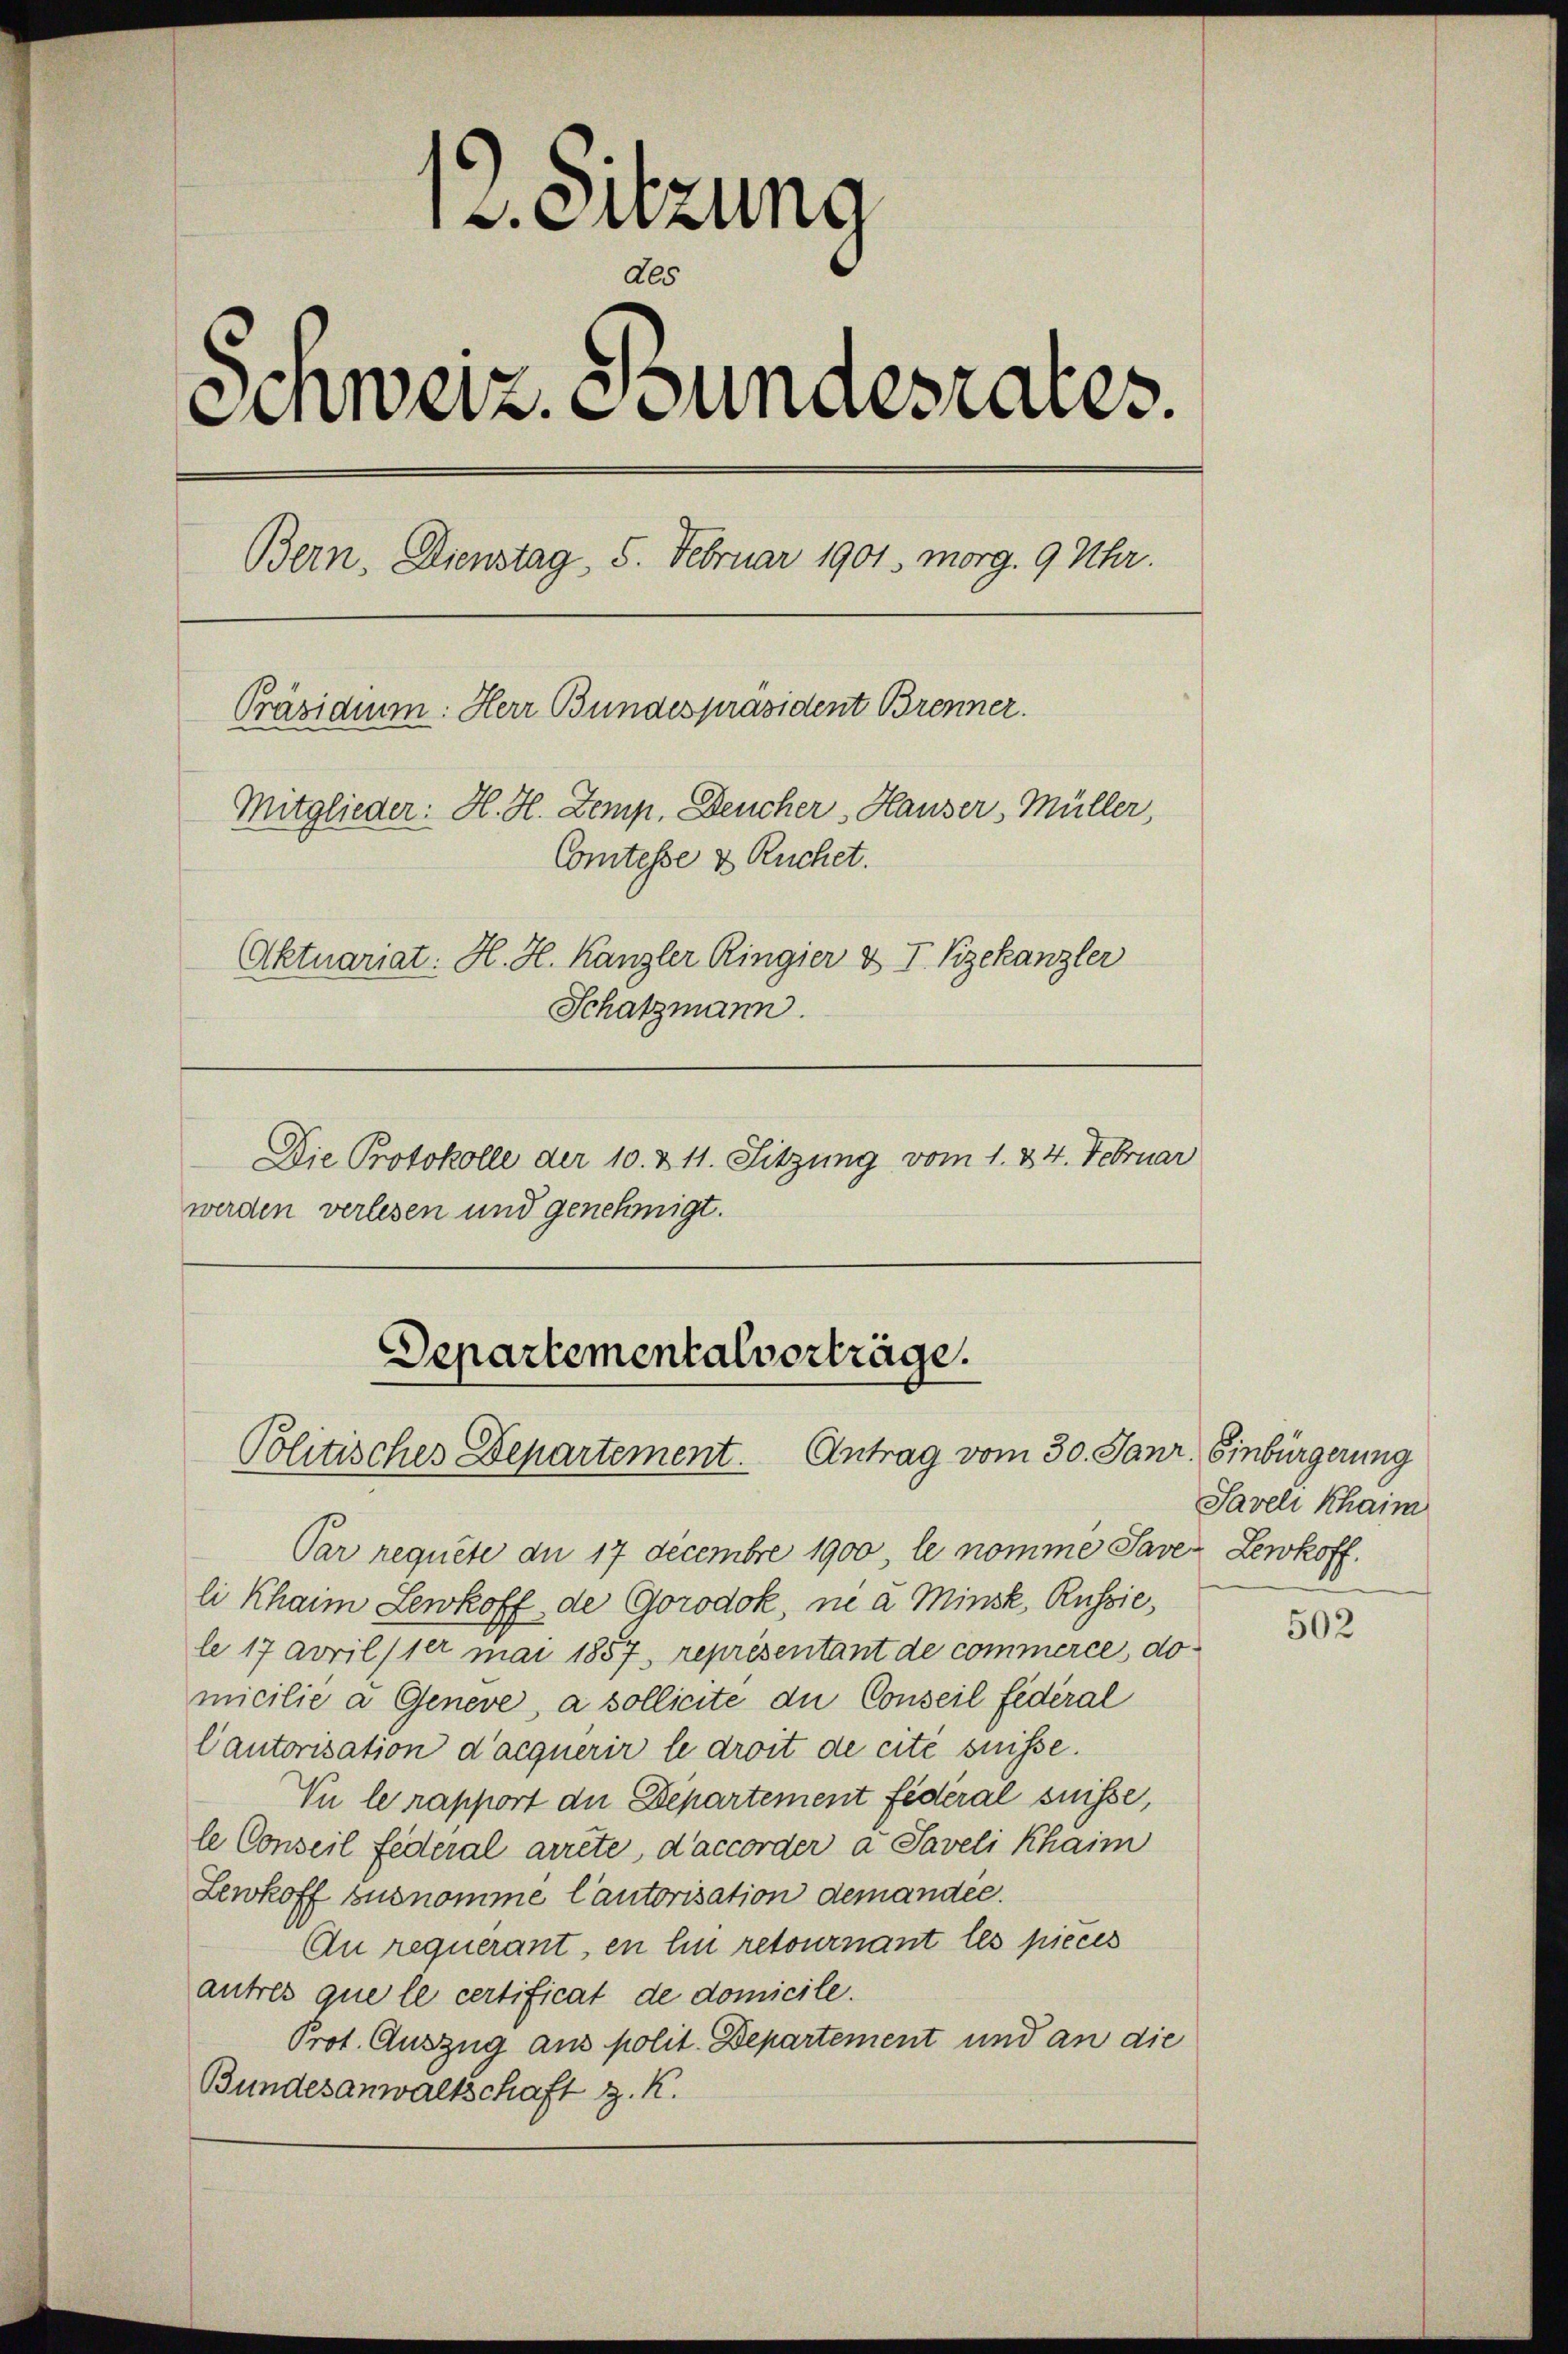
v. Sitzung
des
Einweiz. Bundesrates.
Bern, Dienstag, 5. Februar 1901. morg. 9 Uhr.
Präsidium: Herr Bundespräsident Brenner.
Mitglieder: H. H. Zemp, Deucher, Hauser, Müller,
Comtesse & Ruchet.
Aktuariat: H. H. Kanzler Ringier & I Vizekanzler
Schatzmann.

Die Protokolle der 10. & 11. Sitzung vom 1. 24. Februar
werden verlesen und genehmigt.

Departementalverträge.
Politisches Departement. Antrag vom 30. Janr. Einbürgerung

Par requite du 17 Decembre 1900, le nomme Save Lewkoff.
li Khaim Lewkoff de Gorodok, ne à Minsk, Russie,
le 17 avril/1er mai 1857, représentant de commerce, do
micilie a Geneve, a sollicite die Conseil fédéral
Cautorisation d’acquérir le droit de cite suisse.
Vu le rapport die Departement fédéral suisse,
le Conseil Federal arrete, d’accorger a Saveli Khaim
Lewkoff sus nomme Cautorisation demandée.
An requerant, en ein retournant les pieces
autres que le certificat de domicile.
Prot. Auszug aus polit. Departement und an die
Bundesanwaltschaft z. K.

Saveli Khaim

502